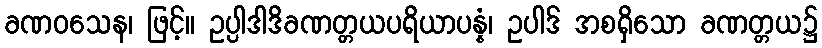
ခဏဝသေန၊ ဖြင့်။ ဥပ္ပါဒါဒိခဏတ္တယပရိယာပန္နံ၊ ဥပါဒ် အစရှိသော ခဏတ္တယ၌